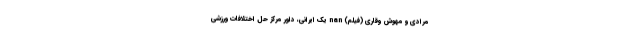
مرادی و مهوش وقاری (فیلم) nan یک ایرانی، داور مرکز حل اختلافات ورزشی